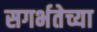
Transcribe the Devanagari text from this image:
सगर्भतेच्या